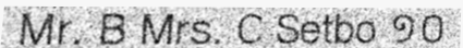
Mr. B Mrs. C Setbo ១០